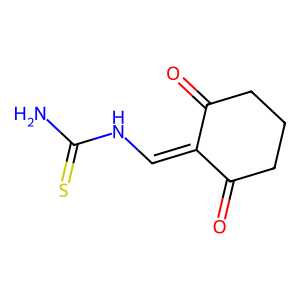
SMILES: NC(=S)NC=C1C(=O)CCCC1=O
Inhibits HIV replication: No